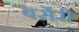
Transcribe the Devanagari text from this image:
बर्सेरी